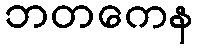
ဘတကေန